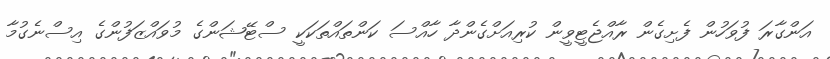
އަންގާރަ ފުވަހުން ފެށިގެން ރާއްޖެޓީވީން ކުރިއަށްގެންދާ ހާއްސަ ކަންތައްތަކަކީ ސްޓޭޝަންގެ މުވައްޒަފުންގެ އިސްނެގުމާ